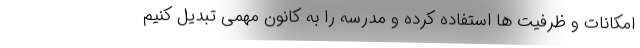
امکانات و ظرفیت ها استفاده کرده و مدرسه را به کانون مهمی تبدیل کنیم